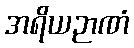
အရိယဉာဏံ